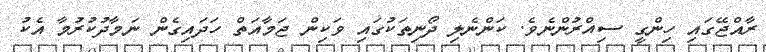
ރާއްޖޭގައި ހިންގީ ސިއްރުންނެވެ. ކަންނެލި ދޯނިތަކުގައި ވަކިން ޖަމާއަތް ހަދައިގެން ނަމާދުކުރުމާ އެކު